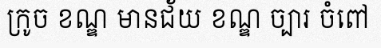
ក្រូច ខណ្ឌ មានជ័យ ខណ្ឌ ច្បារ ចំពៅ